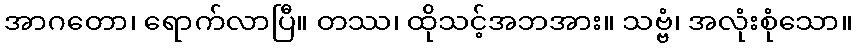
အာဂတော၊ ရောက်လာပြီ။ တဿ၊ ထိုသင့်အဘအား။ သဗ္ဗံ၊ အလုံးစုံသော။